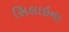
સિલાઇના